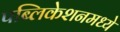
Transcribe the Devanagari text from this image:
पब्लिकेशनमध्ये